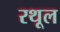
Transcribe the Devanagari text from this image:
रथूल